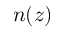
n ( z )